Plague in India, 1896, 1897 - Volume 3
Year: 1896
Disease focus: Plague
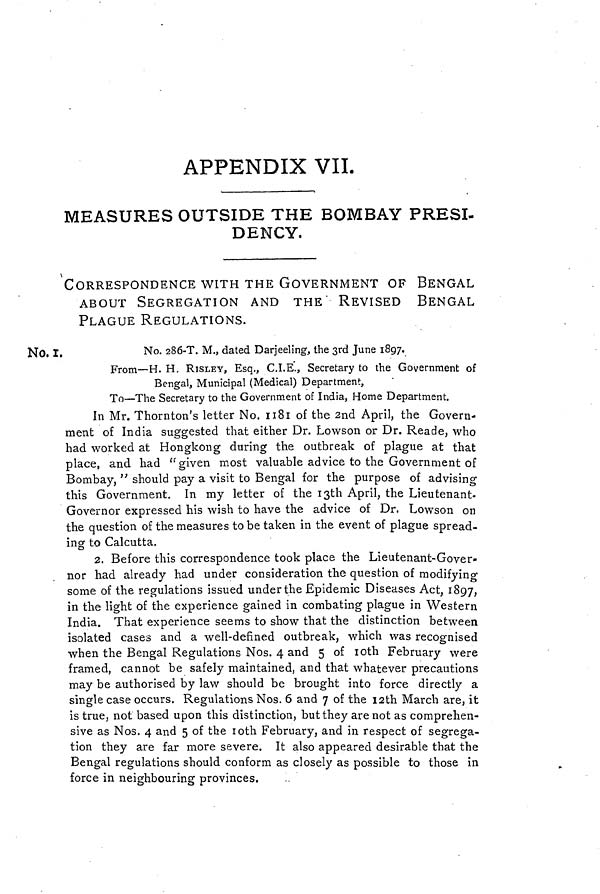
APPENDIX VIL
MEASURES OUTSIDE THE BOMBAY PRESI-
DENCY.
CORRESPONDENCE WITH THE GOVERNMENT OF BENGAL
ABOUT SEGREGATION AND THE REVISED BENGAL
PLAGUE REGULATIONS.
No. 1.
No. 286-T. M., dated Darjeeling, the 3rd June 1897.
From—H. H. RISLEY, Esq., C.I.E., Secretary to the Government of
Bengal, Municipal (Medical) Department,
To—The Secretary to the Government of India, Home Department.
In Mr. Thornton's letter No. 1181 of the 2nd April, the Govern-
ment of India suggested that either Dr. Lowson or Dr. Reade, who
had worked at Hongkong during the outbreak of plague at that
place, and had "given most valuable advice to the Government of
Bombay," should pay a visit to Bengal for the purpose of advising-
this Government. In my letter of the 13th April, the Lieutenant-
Governor expressed his wish to have the advice of Dr. Lowson on
the question of the measures to be taken in the event of plague spread-
ing to Calcutta.
2. Before this correspondence took place the Lieutenant-Gover-
nor had already had under consideration the question of modifying
some of the regulations issued under the Epidemic Diseases Act, 1897,
in the light of the experience gained in combating plague in Western
India. That experience seems to show that the distinction between
isolated cases and a well-defined outbreak, which was recognised
when the Bengal Regulations Nos. 4 and 5 of 10th February were
framed, cannot be safely maintained, and that whatever precautions
may be authorised by law should be brought into force directly a
single case occurs. Regulations Nos. 6 and 7 of the 12th March are, it
is true, not based upon this distinction, but they are not as comprehen-
sive as Nos. 4 and 5 of the 10th February, and in respect of segrega-
tion they are far more severe. It also appeared desirable that the
Bengal regulations should conform as closely as possible to those in
force in neighbouring provinces.